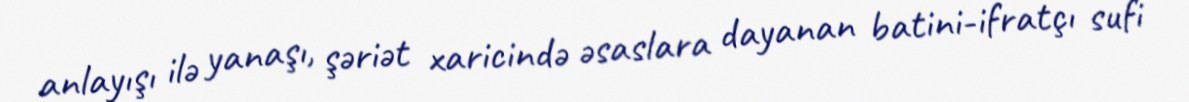
anlayışı ilə yanaşı, şəriət xaricində əsaslara dayanan batini-ifratçı sufi